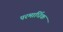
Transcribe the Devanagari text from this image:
परमार्धिक